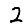
Digit: 2